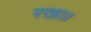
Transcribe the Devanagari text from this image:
रखा॥